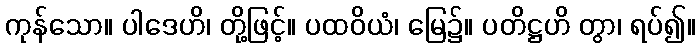
ကုန်သော။ ပါဒေဟိ၊ တို့ဖြင့်။ ပထဝိယံ၊ မြေ၌။ ပတိဋ္ဌဟိ တွာ၊ ရပ်၍။